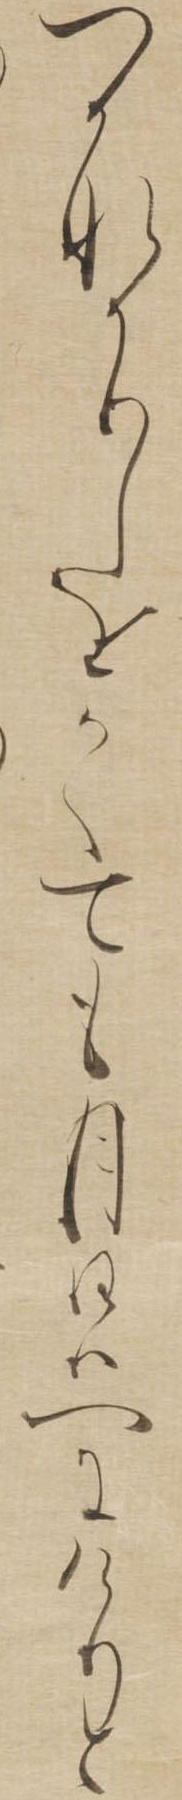
つかなかりしをかくても月日はへにけりと